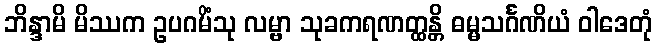
ဘိန္ဒာမိ မိဿက ဥပဂမိံသု လမ္ဗာ သုခကရဏတ္ထန္တိ ဓမ္မသင်္ဂဏိယံ ဝါဒေတုံ